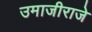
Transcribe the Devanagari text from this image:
उमाजीराजे